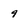
Character: 9